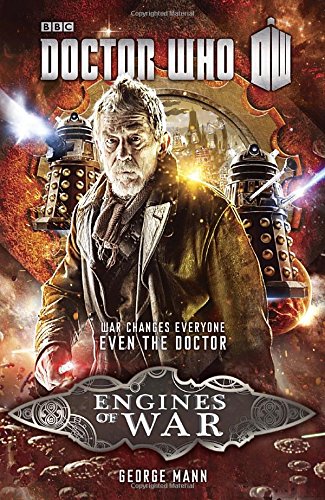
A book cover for Doctor Who: Engines of War; George Mann; Science Fiction & Fantasy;